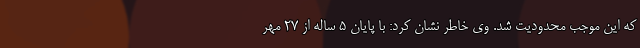
که این موجب محدودیت شد. وی خاطر نشان کرد: با پایان ۵ ساله از ۲۷ مهر